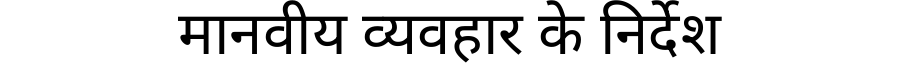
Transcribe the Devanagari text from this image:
मानवीय व्यवहार के निर्देश